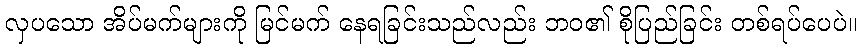
လှပသော အိပ်မက်များကို မြင်မက် နေရခြင်းသည်လည်း ဘဝ၏ စိုပြည်ခြင်း တစ်ရပ်ပေပဲ။